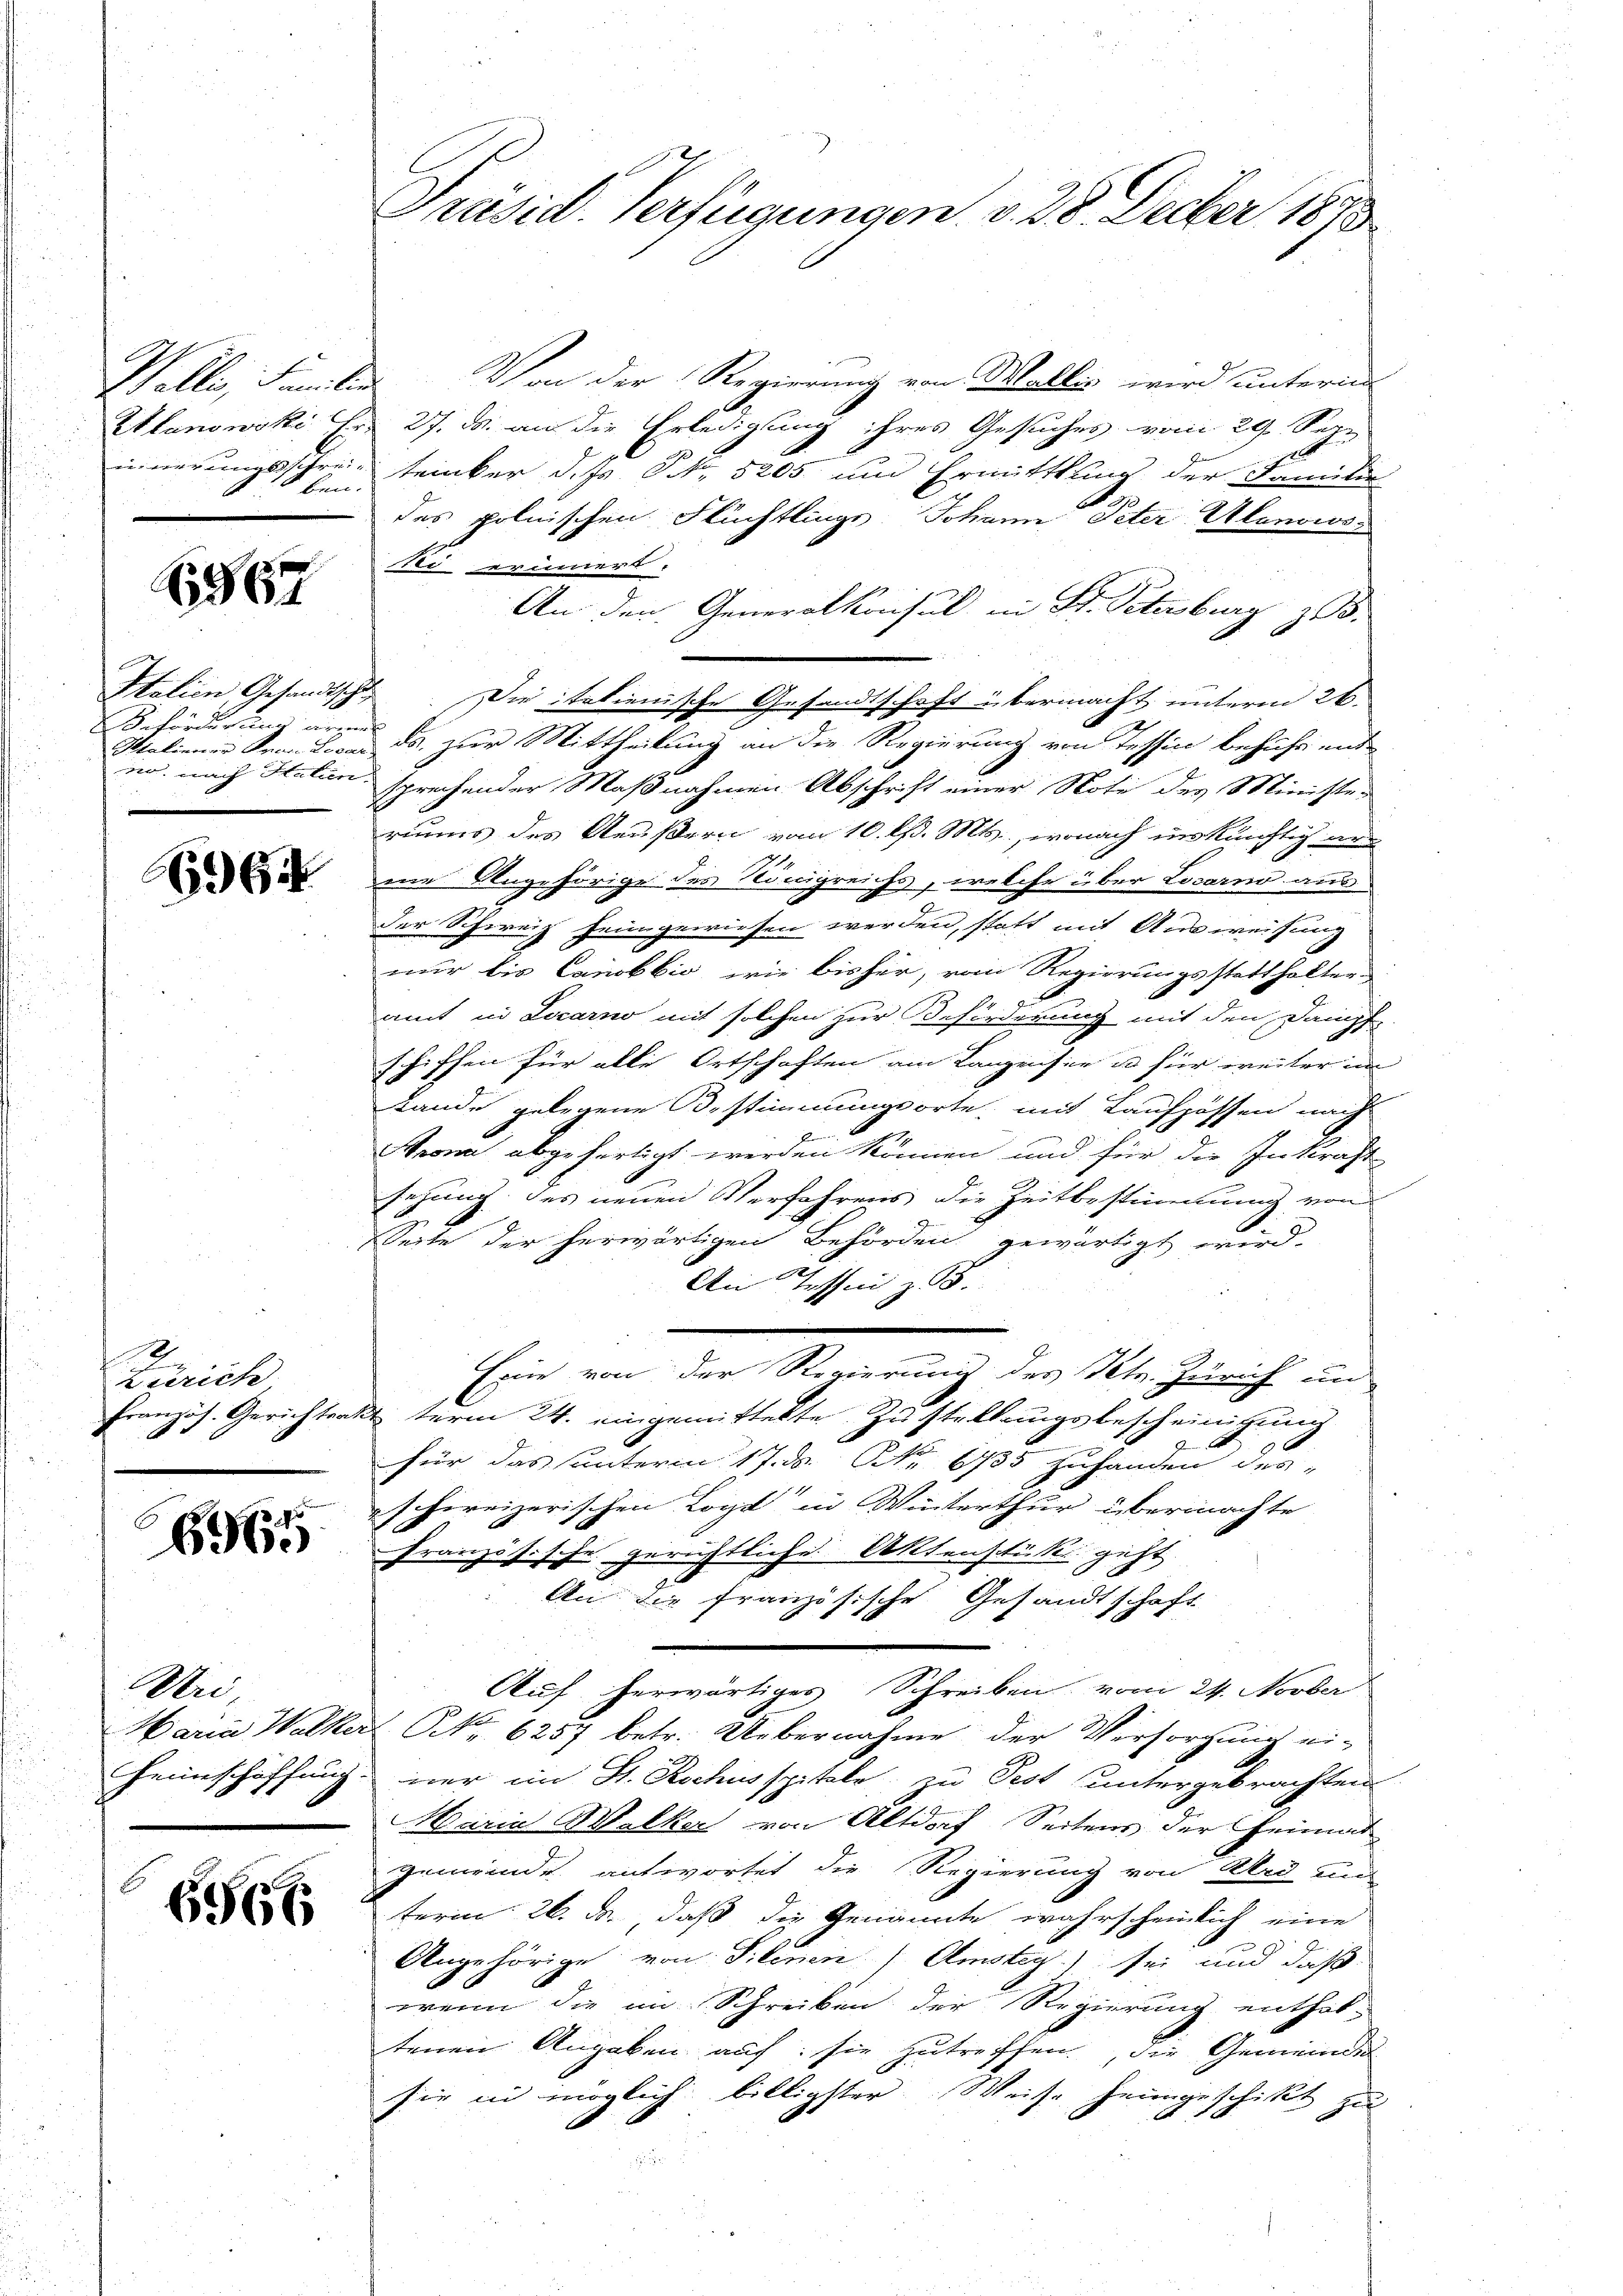
ben.

967

Italien Gesandtsch
Beförderung arm
Italiener Frau Leva
un nach Halien

664

Zürich
Französ. Gerichten.

.
696.

Vri

656

Welli, Familien. Von der Regierung von Wallis wird untern
Alanowski Er. 27. ds. an die Erledigung ihres Gesuches vom 29. Sep.
innerungsschreie trinker d. Js. NNo. 5205 und Ermittlung der Familie
des polnischen Flüchtlinge Johann Peter Alanowoste erinnert.
An den Generalkonsul in St. Petersburg z.
c
Die italienische Gesandtschaft übermacht unterm 26.
.
ds zur Mittheilung an die Regierung von Tessin befuhr und
f
sprechender Maßnahmen Abschrift einer Note des Minister
riums des Aeußern vom 10. d. Mts., wonach inskünftig ar
me Angehörige des Königreichs, welche über Locarno ausder Schweiz sein gewiesen werden, statt mit Ausweisung
nur bis Canobbio, wie bisher, vom Regierungsstatthalter
1
amt in Locarno mit solchen zur Beförderung mit den Dampf-
schiffen für alle Ortschaften am Langensee u. für weiter im
Lande gelegene Bestimmungsorte, mit Kaufhöffen nach
Werne abgefertigt werden können und für die Inkraft
sehung des neuen Verfahrens die Zeitbestimmung von
Seite der herwärtigen Behörden gewärtigt wird.
An Tessin z.
Eine von der Regierung des Kts. Zürich un
term 24. eingemittelte Zustellungsbescheinigung
für das unterm 17. ds. Nr. 635 zuhanden des
aschereizerischen Loge in Winterthur übermachte
Französische gerichtliche Aktenschuk geht
An die französische Gesandtschaft
Auf herwärtiges Schreiben vom 24. Novber
Varia Walker Nr. 6257 betr. Uebernahme der Versorgung ei-
Heimschaffung nur im St. Rochusspitale, zu Pest untergebrachten
Maria Walker von Altdorf Seitens der heimat
gemeinde antwortet die Regierung von Wird mi
term 26. ds. daß die Genannte wahrscheinlich eine
Angehörige von Pilenen Amstey) sei und daß
wenn die im Schreiben der Regierung enthal-
tenen Angaben auf sie zutreffen, die Gemeindes
sie in möglich billigster Weise heimgeschikt zu

Präsid. Verfügungen v. 28. Decber 1873